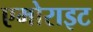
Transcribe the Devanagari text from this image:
एमोराइट